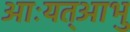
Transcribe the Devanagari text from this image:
आःयत्आभु